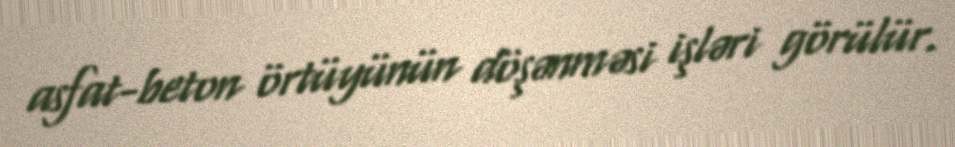
asfat-beton örtüyünün döşənməsi işləri görülür.